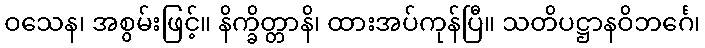
ဝသေန၊ အစွမ်းဖြင့်။ နိက္ခိတ္တာနိ၊ ထားအပ်ကုန်ပြီ။ သတိပဋ္ဌာနဝိဘင်္ဂေ၊